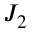
J _ { 2 }